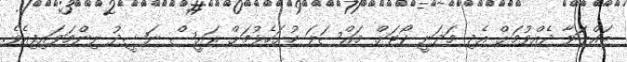
ބައްލަވާ ދެއްވުމަށް އެދި މަދަނީ ކޯޓަށް މައްސަލަ ހުށަހެޅުމަށް ރައީސް ނަޝީދު ނިންމަވައިފިއެވެ.